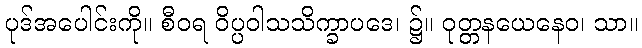
ပုဒ်အပေါင်းကို။ စီဝရ ဝိပ္ပဝါသသိက္ခာပဒေ၊ ၌။ ဝုတ္တနယေနေဝ၊ သာ။